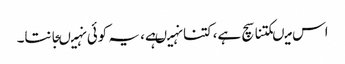
اس میںکتنا سچ ہے،کتنا نہیںہے، یہ کوئی نہیںجانتا۔